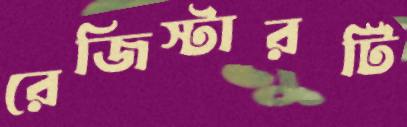
রেজিস্টারটি